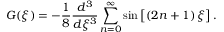
G ( \xi ) = - \frac { 1 } { 8 } \frac { d ^ { 3 } } { d \xi ^ { 3 } } \sum _ { n = 0 } ^ { \infty } \sin \left[ \left( 2 n + 1 \right) \xi \right] .